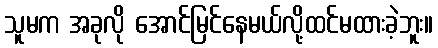
သူမက အခုလို အောင်မြင်နေမယ်လို့ထင်မထားခဲ့ဘူး။